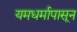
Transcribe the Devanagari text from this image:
यमधर्मापासून